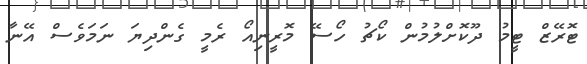
ޓޮރޭޒް ޓީމު ދޫކޮށްލުމުން ކޯޗު ހޯސޭ މޮރީނިއޯ ރެމީ ގެންދިޔަ ނަމަވެސް އޭނާ